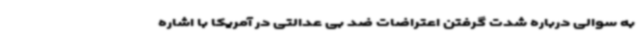
به سوالی درباره شدت گرفتن اعتراضات ضد بی عدالتی در آمریکا با اشاره